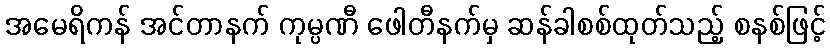
အမေရိကန် အင်တာနက် ကုမ္ပဏီ ဖေါတီနက်မှ ဆန်ခါစစ်ထုတ်သည့် စနစ်ဖြင့်